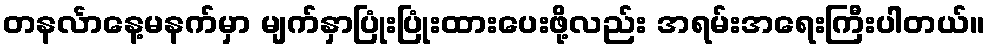
တနင်္လာနေ့မနက်မှာ မျက်နှာပြုံးပြုံးထားပေးဖို့လည်း အရမ်းအရေးကြီးပါတယ်။